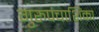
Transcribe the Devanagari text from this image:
गुरुपंचाशिंका